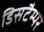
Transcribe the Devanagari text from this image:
डिसटैम्पर